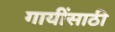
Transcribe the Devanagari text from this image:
गायींसाठी